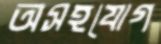
অসহযোগ